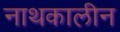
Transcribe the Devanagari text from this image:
नाथकालीन